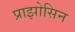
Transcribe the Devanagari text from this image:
प्राझोसिन